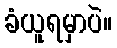
ခံယူရမှာပဲ။